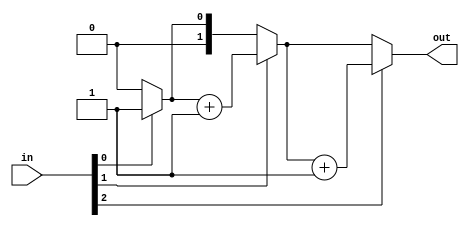
module top_module( 
    input [2:0] in,
    output [1:0] out );
	
    integer  i;
    always @(*) begin
        out = 2'b0;
        for (i = 0; i < 3; i = i + 1) begin
            out = (in[i]) ? out+2'b1:out;
        end
    end

endmodule